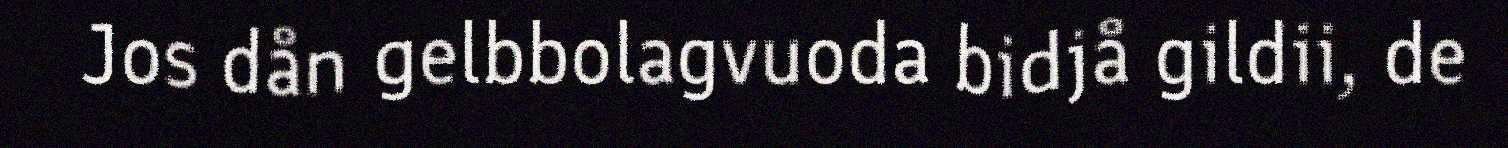
Jos dån gelbbolagvuoda bidjå gildii, de